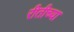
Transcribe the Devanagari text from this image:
रीतीच्या